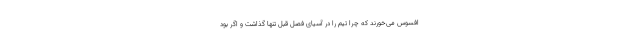
افسوس می‌خورند که چرا تیم را در آسیای فصل قبل تنها گذاشت و اگر بود